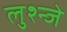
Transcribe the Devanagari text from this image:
लुश्न्जे